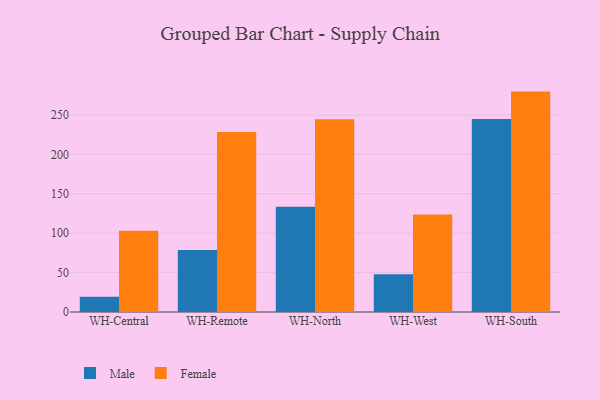
{"axis": {"x": "Warehouse", "y": "Headcount"}, "legend": ["Female", "Male"], "data": [{"x": "WH-Central", "y": 19.2, "type": "Male"}, {"x": "WH-Central", "y": 103.1, "type": "Female"}, {"x": "WH-Remote", "y": 78.5, "type": "Male"}, {"x": "WH-Remote", "y": 228.5, "type": "Female"}, {"x": "WH-North", "y": 133.4, "type": "Male"}, {"x": "WH-North", "y": 244.5, "type": "Female"}, {"x": "WH-West", "y": 47.8, "type": "Male"}, {"x": "WH-West", "y": 123.7, "type": "Female"}, {"x": "WH-South", "y": 244.9, "type": "Male"}, {"x": "WH-South", "y": 279.6, "type": "Female"}]}